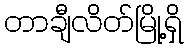
တာချီလိတ်မြို့ရှိ